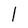
Character: l